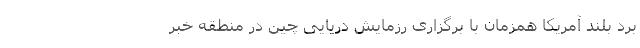
برد بلند آمریکا همزمان با برگزاری رزمایش دریایی چین در منطقه خبر